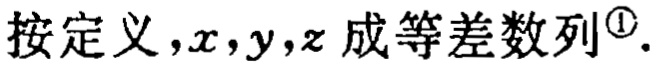
按定义，\(x,y,z\) 成等差数列\(^{\textcircled{1}}\)。